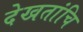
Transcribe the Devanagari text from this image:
देखतांचि